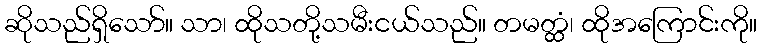
ဆိုသည်ရှိသော်။ သာ၊ ထိုသတို့သမီးငယ်သည်။ တမတ္ထံ၊ ထိုအကြောင်းကို။